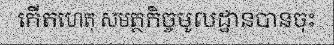
កើតហេតុ សមត្ថកិច្ចមូលដ្ឋានបានចុះ